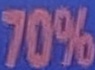
70%